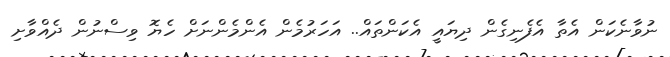
ނުވާނެކަން އެތާ އެފެނިގެން ދިޔައީ އެކަންތައް.. އަހަރުމެން އެންމެންނަށް ހެޔޮ ވިސްނުން ދެއްވާށި